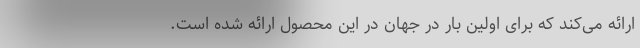
ارائه می‌کند که برای اولین بار در جهان در این محصول ارائه شده است.